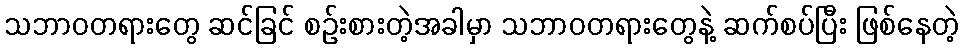
သဘာဝတရားတွေ ဆင်ခြင် စဉ်းစားတဲ့အခါမှာ သဘာဝတရားတွေနဲ့ ဆက်စပ်ပြီး ဖြစ်နေတဲ့